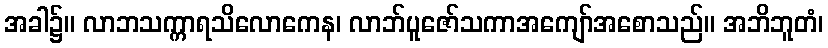
အခါ၌။ လာဘသက္ကာရသိလောကေန၊ လာဘ်ပူဇော်သကာအကျော်အစောသည်။ အဘိဘူတံ၊